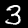
Digit: 3